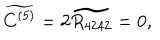
\widetilde { C ^ { ( 5 ) } } = 2 \widetilde { R _ { 4 2 4 2 } } = 0 ,